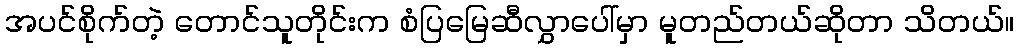
အပင်စိုက်တဲ့ တောင်သူတိုင်းက စံပြမြေဆီလွှာပေါ်မှာ မူတည်တယ်ဆိုတာ သိတယ်။